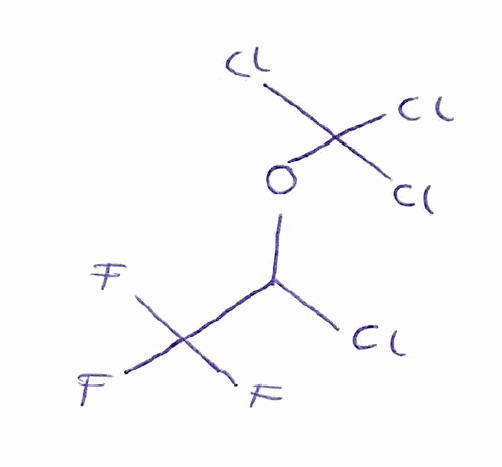
Simplified molecular-input line-entry system (SMILES) notation of the given molecule:
C(C(F)(F)F)(OC(Cl)(Cl)Cl)Cl